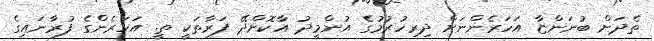
ތެދަށް ބުނަންޏާ އަހަރެންނަށް ދިރިހުރުމުގެ އުންމީދު އާކޮށްދޭ ފަރާތަކީ ތީ. އަހަރެންގެ ފުރާނައިގެ